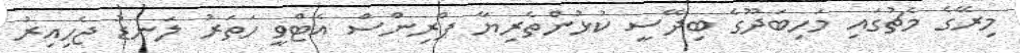
މިރޭގެ މެޗުގައި މަހިބަދޫގެ ބިދޭސީ ކުޅުންތެރިޔާ ޕްރިންސް އެޓްވީ ހަތަރު ލަނޑު ޖެހިއިރު